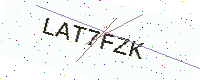
Text: LAT7FZK